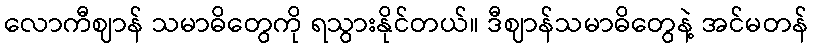
လောကီဈာန် သမာဓိတွေကို ရသွားနိုင်တယ်။ ဒီဈာန်သမာဓိတွေနဲ့ အင်မတန်